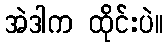
အဲဒါက ထိုင်းပဲ။